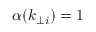
\alpha ( k _ { \perp i } ) = 1